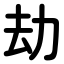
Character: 劫